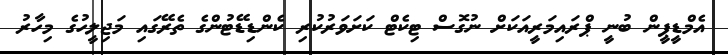
އެމްޑީޕީން ބުނީ ޕްރައިމަރީއަކަށް ނުގޮސް ޓިކެޓް ކަށަވަރުކުރި ކެންޑިޑޭޓުންގެ ތެރޭގައި މަޖިލީހުގެ މިހާރު